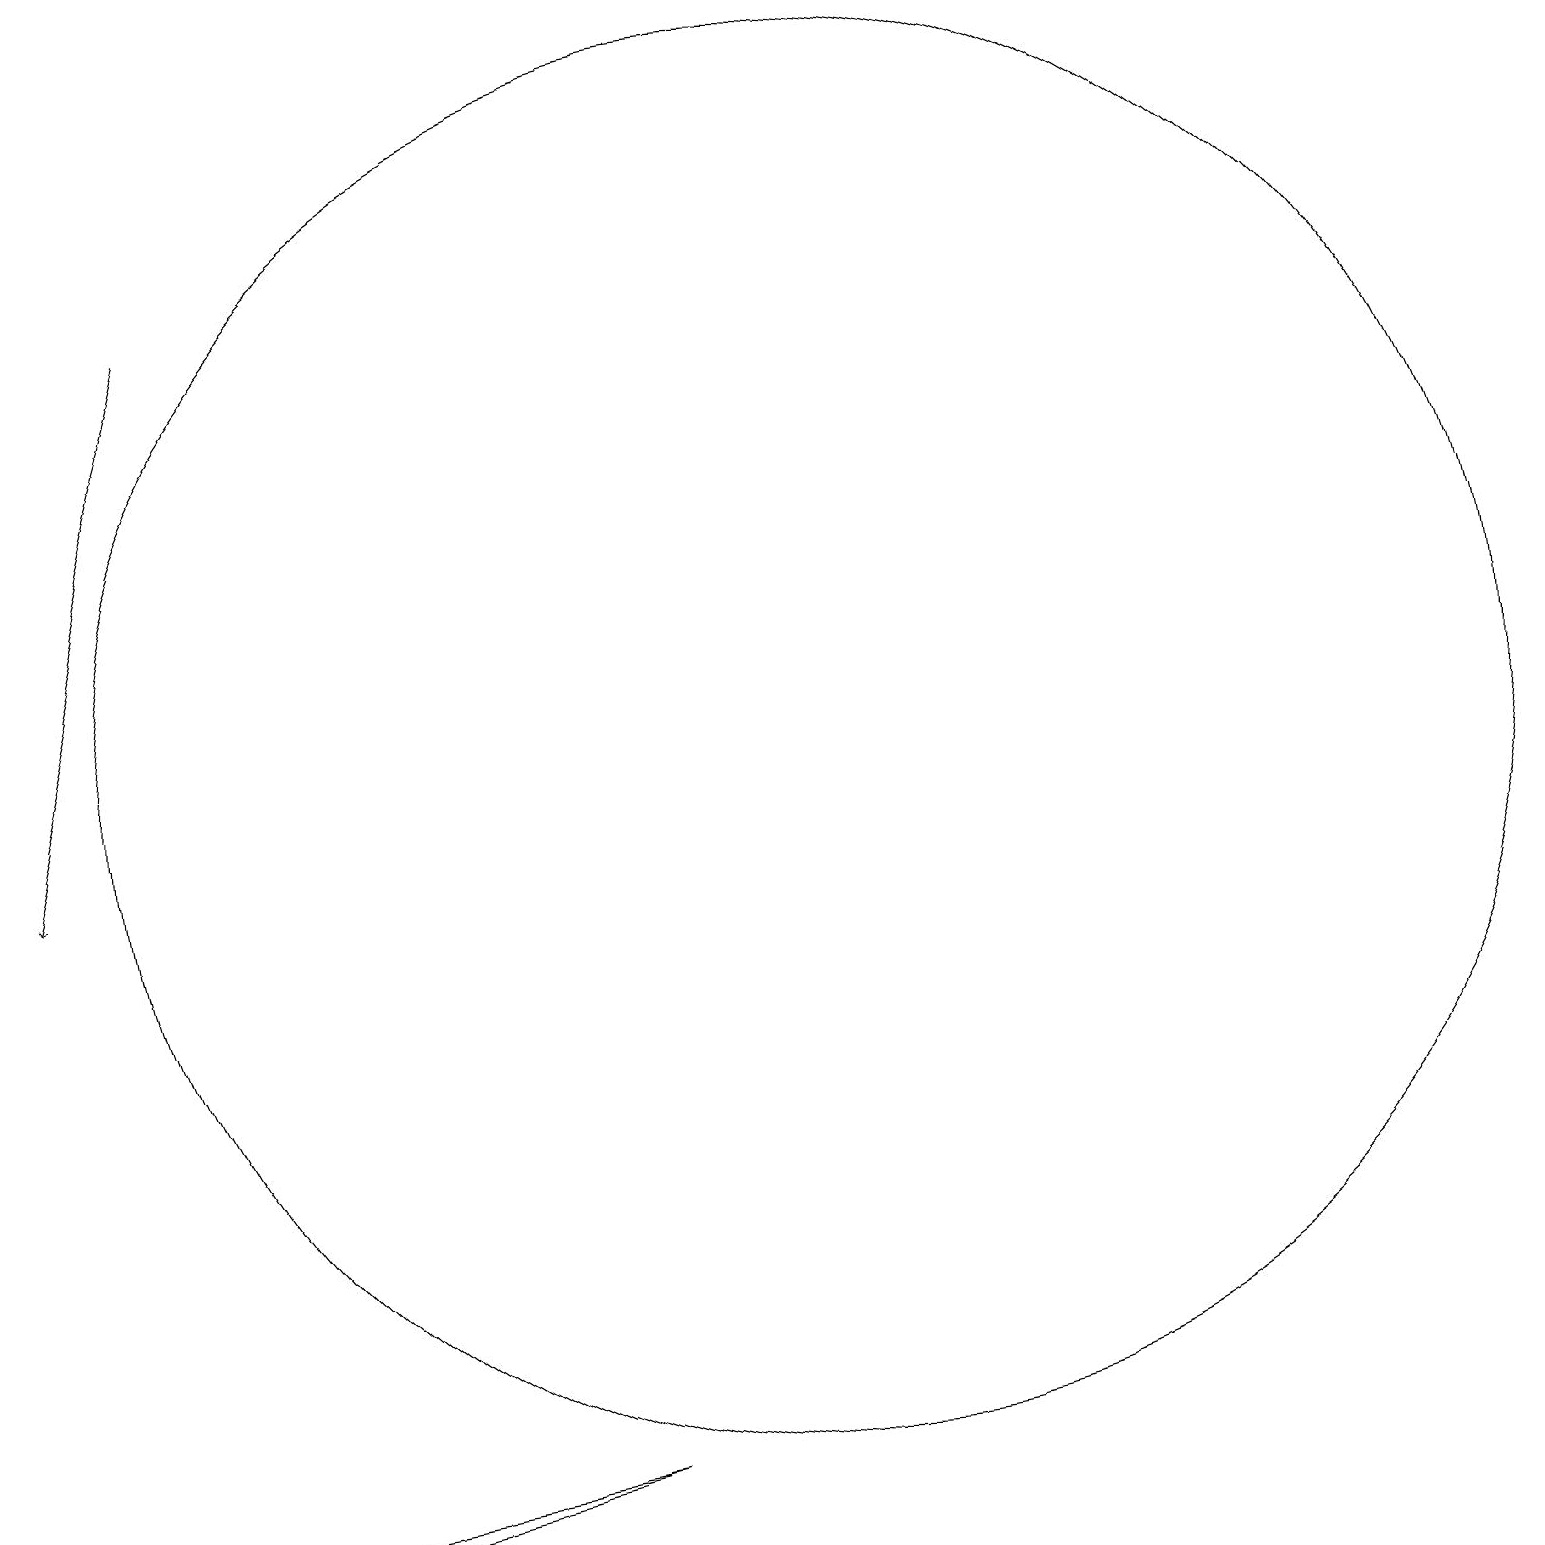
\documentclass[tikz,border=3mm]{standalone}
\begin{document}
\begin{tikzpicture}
\draw (11,12) circle (9);
\draw (3,2) -- (1,2) -- (8,3) -- cycle;
\draw[->] (3,18) -- (1,11);
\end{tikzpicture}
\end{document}